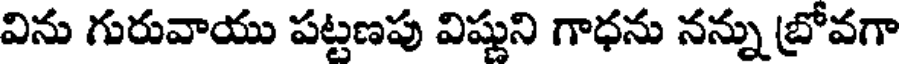
విను గురువాయు పట్టణపు విష్ణుని గాధను నన్ను బ్రోవగా